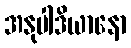
အနုပါဒိယာနော